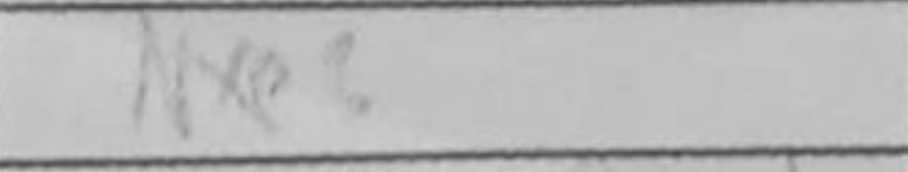
Transcription: Nxe3